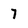
Character: 7